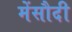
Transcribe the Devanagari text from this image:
मेंसौदी